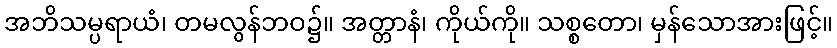
အဘိသမ္ပရာယံ၊ တမလွန်ဘဝ၌။ အတ္တာနံ၊ ကိုယ်ကို။ သစ္စတော၊ မှန်သောအားဖြင့်။